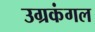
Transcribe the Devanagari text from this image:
उग्रकंगल